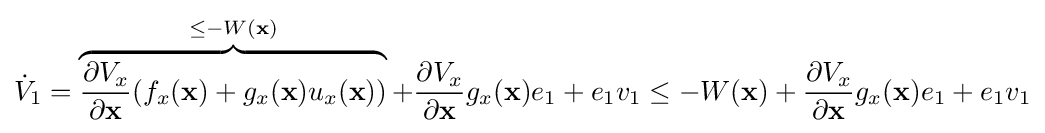
{\dot {V}}_{1}=\overbrace {{\frac {\partial V_{x}}{\partial \mathbf {x} }}(f_{x}(\mathbf {x} )+g_{x}(\mathbf {x} )u_{x}(\mathbf {x} ))} ^{{}\leq -W(\mathbf {x} )}+{\frac {\partial V_{x}}{\partial \mathbf {x} }}g_{x}(\mathbf {x} )e_{1}+e_{1}v_{1}\leq -W(\mathbf {x} )+{\frac {\partial V_{x}}{\partial \mathbf {x} }}g_{x}(\mathbf {x} )e_{1}+e_{1}v_{1}